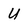
Character: U